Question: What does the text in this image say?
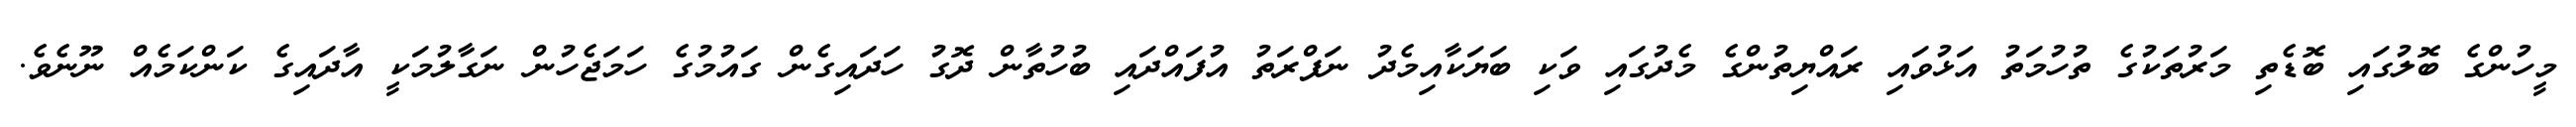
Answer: މީހުންގެ ބޮލުގައި ބޮޑެތި މަރުތަކުގެ ތުހުމަތު އަޅުވައި ރައްޔިތުންގެ މެދުގައި ވަކި ބަޔަކާއިމެދު ނަފްރަތު އުފައްދައި ބުހުތާން ދޮގު ހަދައިގެން ގައުމުގެ ހަމަޖެހުން ނަގާލުމަކީ އާދައިގެ ކަންކަމެއް ނޫނެވެ.